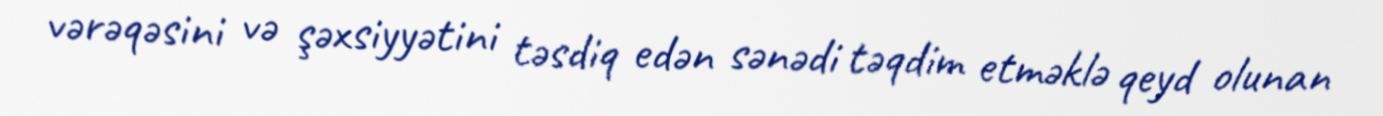
vərəqəsini və şəxsiyyətini təsdiq edən sənədi təqdim etməklə qeyd olunan